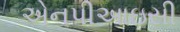
એનપીઆઇસી